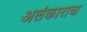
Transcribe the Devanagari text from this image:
अलंकाराचा